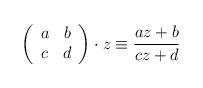
LaTeX: \begin{align*}\left(\begin{array}{cc} a & b\\ c & d\\ \end{array}\right)\cdot z\equiv\frac{az+b}{cz+d}\end{align*}